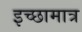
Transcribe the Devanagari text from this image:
इच्छामात्र